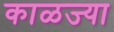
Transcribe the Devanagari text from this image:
काळज्या